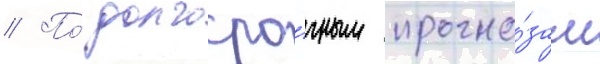
// По́ долгосро́чным прогно́зам